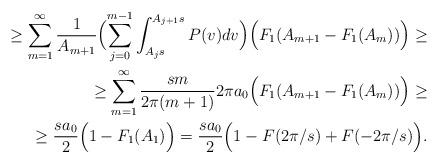
LaTeX: \begin{align*}\begin{aligned}\ge \sum_{m=1}^{\infty}\frac{1}{A_{m+1}}\Bigl( \sum_{j=0}^{m-1}\int_{A_j s}^{A_{j+1}s}P(v) dv\Bigr)\Bigl(F_1(A_{m+1}-F_1(A_m))\Bigr) \ge \\\ge \sum_{m=1}^{\infty}\frac{sm}{2\pi (m+1)}2\pi a_0 \Bigl(F_1(A_{m+1}-F_1(A_m))\Bigr) \ge \\\ge \frac{s a_0}{2}\Bigl(1-F_1(A_1)\Bigr)= \frac{s a_0}{2}\Bigl(1-F(2 \pi /s)+F(-2 \pi /s)\Bigr).\end{aligned}\end{align*}